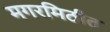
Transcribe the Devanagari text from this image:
मगरमिठीत